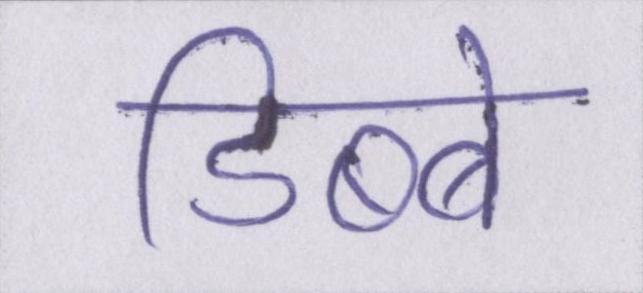
डिब्बे